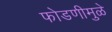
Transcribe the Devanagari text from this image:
फोडणीमुळे